Kominterni_Eesti_sektsioon_Moskvas, lk 10
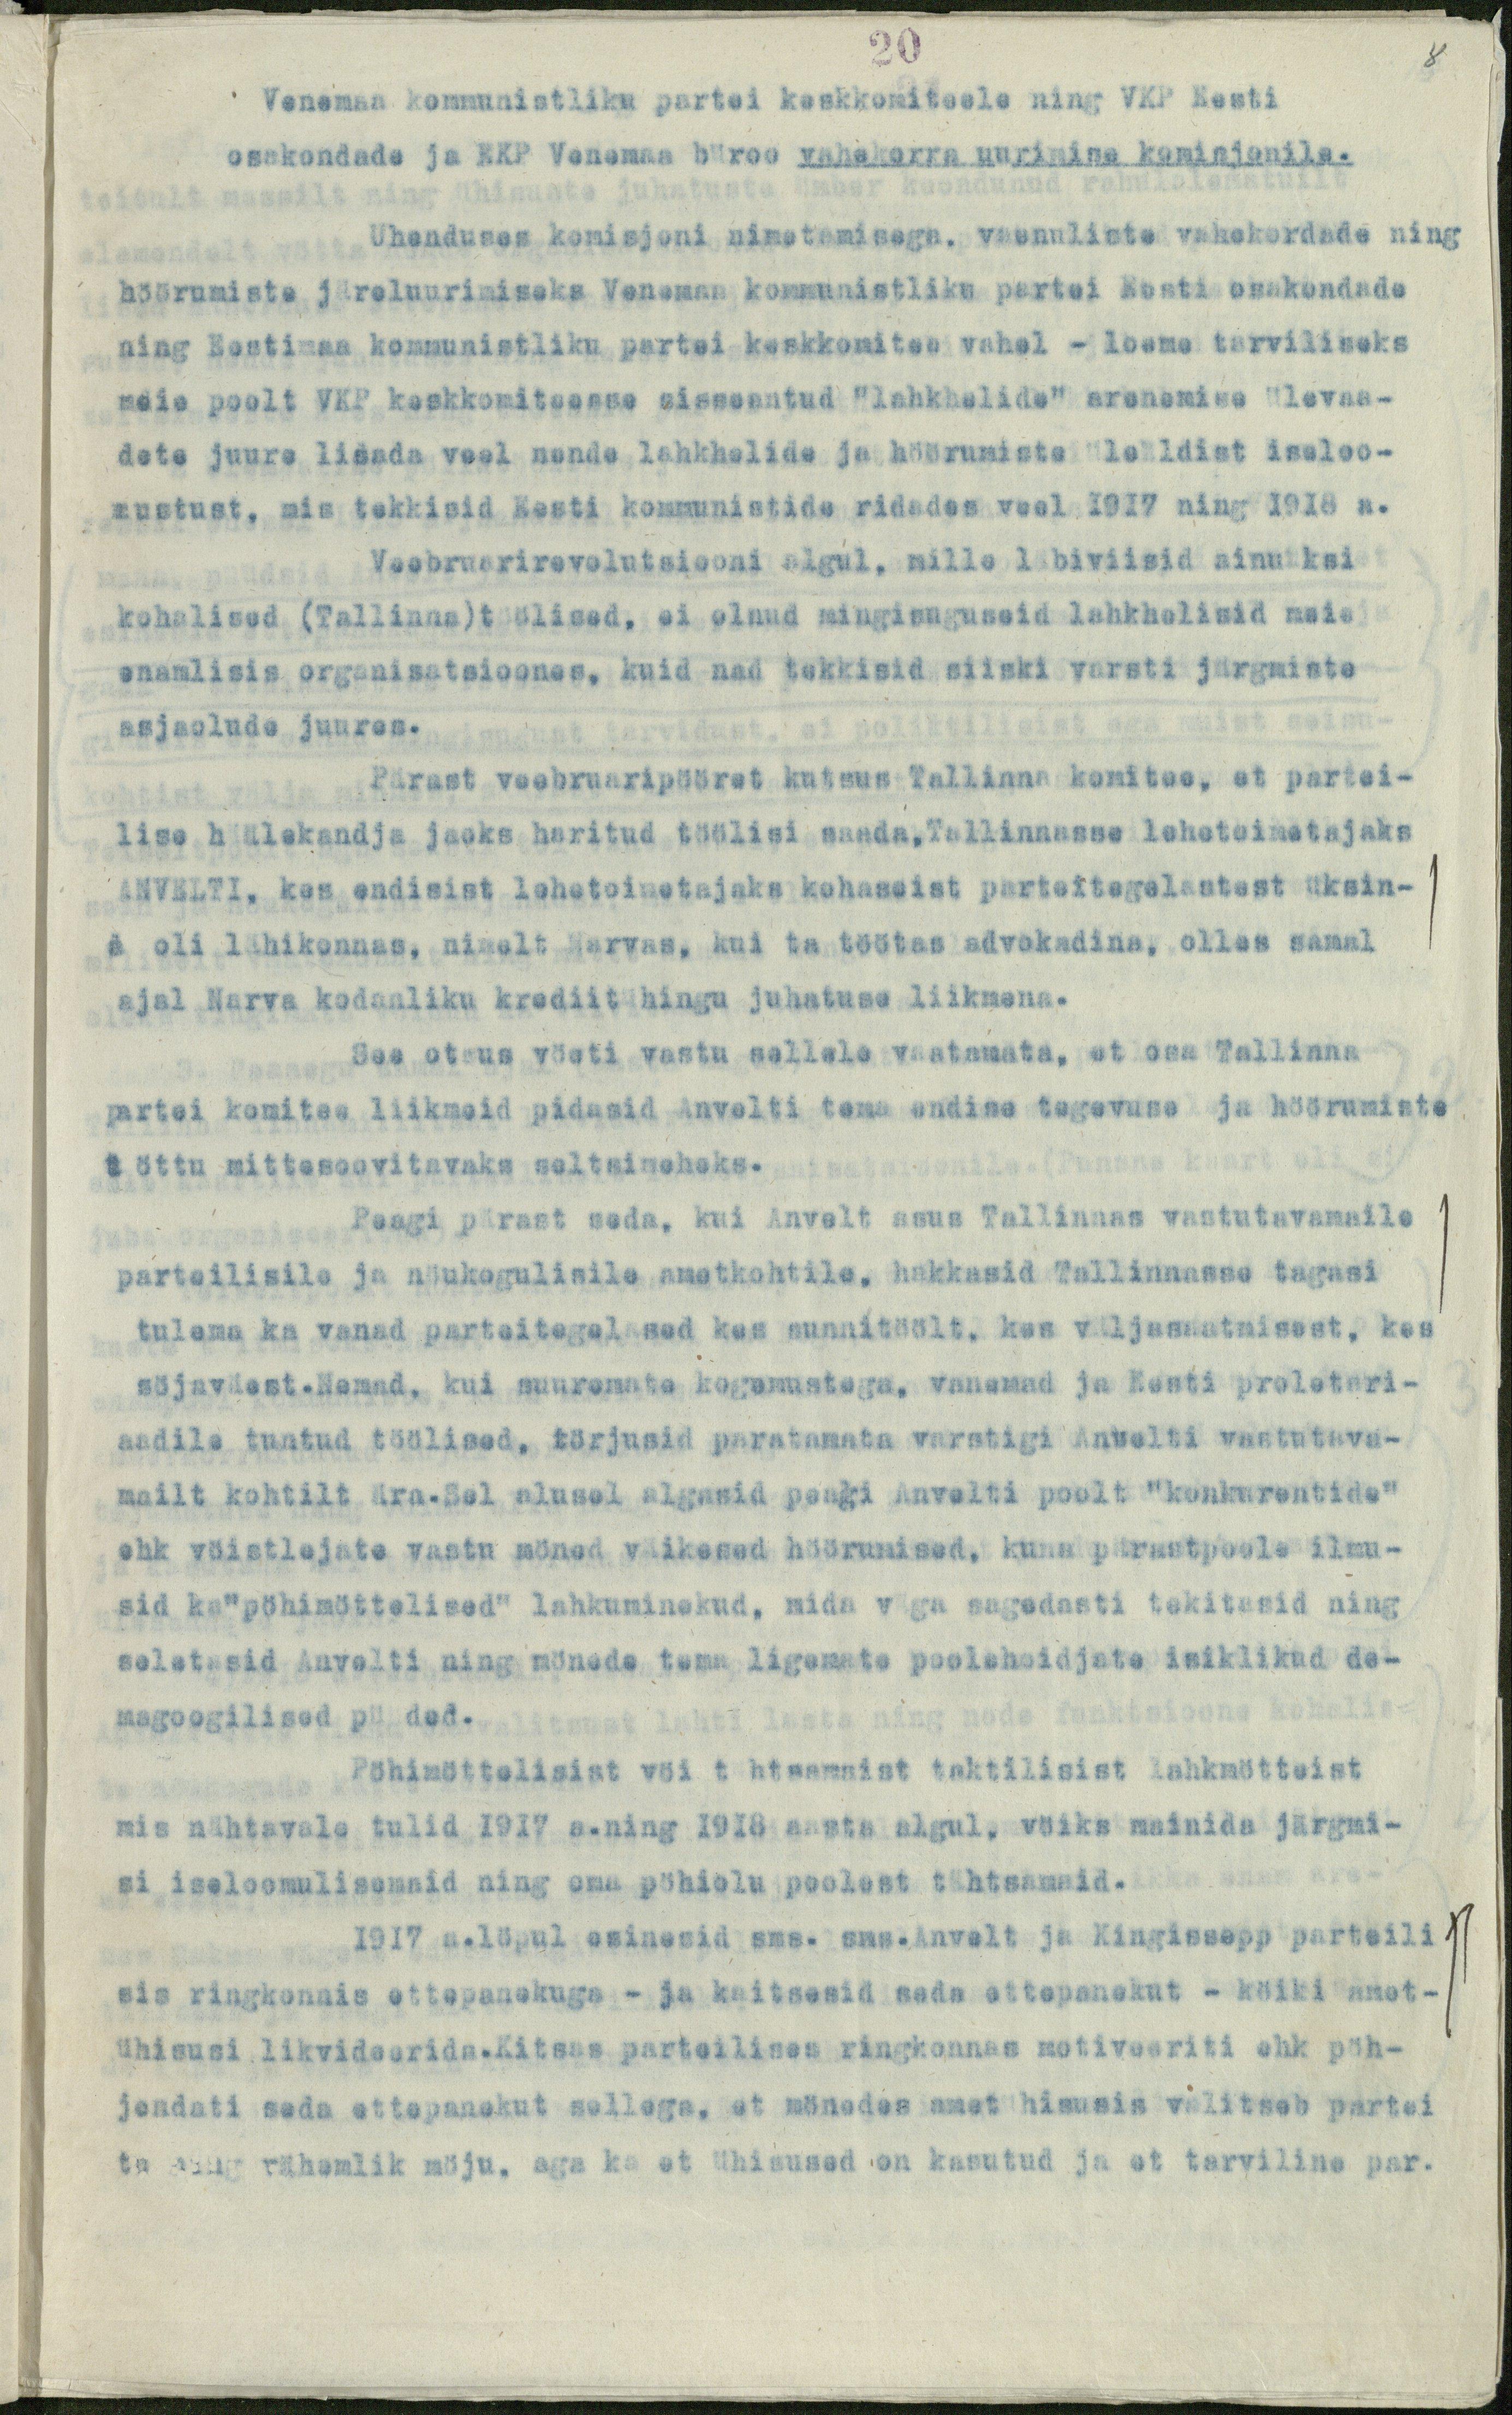
20
Venemaa kommunistliku partei keskkomiteele ning VKP Eesti
osakondade ja EKP Venemaa büroo vahekorra uurimise komisjonile.
Ühenduses komisjoni nimetamisega, vaenuliste vahekordade ning
höörumiste järeluurimiseks Venemaa kommunistliku partei Eesti osakondade
ning Eestimaa kommunistliku partei keskkomitee vahel - loeme tarviliseks
meie poolt VKP keskkomiteesse sisseantud "lahkhelide" arenemise ülevaa-
dete juure lisada veel nende lahkhelide ja höörumiste üleüldist iseloo-
mustust, mis tekkisid Eesti kommunistide ridades veel 1917 ning 1918 a.
Veebruarirevolutsiooni algul, mille läbiviisid ainuüksi
kohalised (Tallinna)töölised, ei olnud mingisuguseid lahkhelisid meie
enamlisis organisatsioones, kuid nad tekkisid siiski varsti järgmiste
asjaolude juures.
Pärast veebruaripööret kutsus Tallinna komitee, et partei-
lise hälekandja jaoks haritud töölisi saada,Tallinnasse lehetoimetajaks
ANVELTI, kes endisist lehetoimetajaks kohaseist parteitegelastest üksin-
a oli lähikonnas, nimelt Narvas, kui ta töötas advokadina, olles samal
ajal Narva kodaaliku krediitühingu juhatuse liikmena.
See otsus vöeti vastu sellele vaatamata, et osa Tallinna
partei komitee liikmeid pidasid Anvelti tema endise tegevuse ja höörumiste
töttu mittesoovitavaks seltsimeheks.
Peagi pärast seda, kui Anvelt asus Tallinnas vastutavamaile
parteilisile ja nöukogulisile ametkohtile, hakkasid Tallinnasse tagasi
tulema ka vanad parteitegelased kes sunnitöölt, kes väljasaatmisest, kes
söjaväest.Nemad, kui suuremate kogemustega, vanemad ja Eesti proletari-
aadile tuntud töölised, törjusid paratamata varstigi Anvelti vastutava-
mailt kohtilt ära.Sel alusel algasid peagi Anvelti poolt "konkurentide"
ehk vöistlejate vastu möned väikesed höörumised, kuna pärastpoole ilmu-
sid ka"pöhimöttelised" lahkuminekud, mida väga sagedasti tekitasid ning
seletasid Anvelti ning mönede tema ligemate poolehoidjate isiklikud de-
magoogilised püüded.
Pöhimöttelisist vöi tähtsamaist taktilisist lahkmötteist
mis nähtavale tulid 1917 a.ning 1918 aasta algul, vöiks mainida järgmi-
si iseloomulisemaid ning oma pöhiolu poolest tähtsamaid.
1917 a.löpul esinesid sms. sms.Anvelt ja Kingissepp parteili
sis ringkonnis ettepanekuga - ja kaitsesid seda ettepanekut - köiki amet-
ühisusi likvideerida.Kitsas parteilises ringkonnas motiveeriti ehk pöh-
jendati seda ettepanekut sellega, et mönedes ametühisusis valitseb partei
ta ning vähemlik möju, aga ka et ühisused on kasutud ja et tarviline par.

8